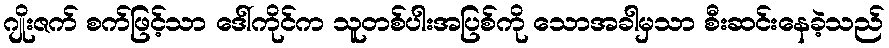
ဂျိုးဇက် စက်ဖြင့်သာ ဒေါ်ကိုင်က သူတစ်ပါးအပြစ်ကို သောအခါမှသာ စီးဆင်းနေခဲ့သည်